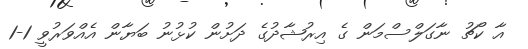
އާ ކޯޗު ނާގަލްސްމަން ގެ އިރުޝާދުގެ ދަށުން ކުޅުނު ބަޔާން އެއްވަރުވީ 1-1